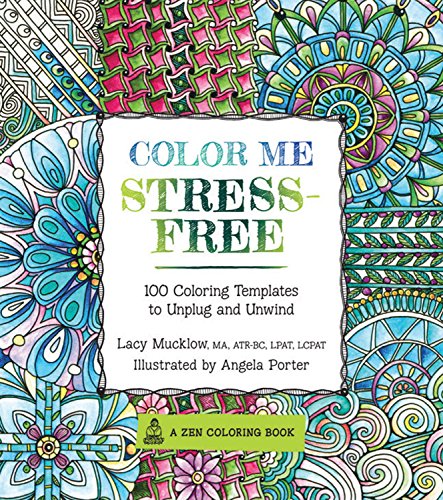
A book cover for Color Me Stress-Free: Nearly 100 Coloring Templates to Unplug and Unwind (A Zen Coloring Book); Lacy Mucklow; Humor & Entertainment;